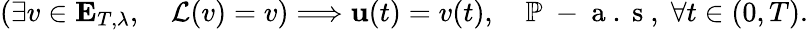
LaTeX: \left(\exists v\in\mathbf{E}_{T,\lambda},\quad\mathcal{L}(v)=v\right)\Longrightarrow\textbf{u}(t)=v(t),\quad\mathbb{P}\mathrm{~-~a~.~s~},\; \forall t\in(0,T).